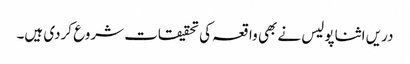
دریں اثنا پولیس نے بھی واقعہ کی تحقیقات شروع کردی ہیں۔